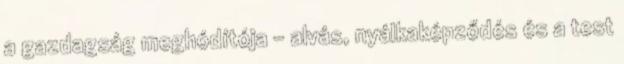
a gazdagság meghódítója – alvás, nyálkaképződés és a test